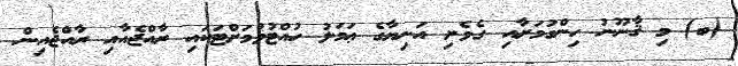
(ބ) މި ޤާނޫނު ހިންގުމަށާއި ގެވެށި އަނިޔާގެ ޢަމަލު ހުއްޓުވުމަށްޓަކައި ރާއްޖެއާއި ރާއްޖެއިން